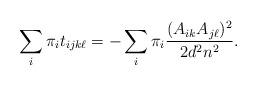
LaTeX: \begin{align*} \sum_i \pi_i t_{ijk\ell} = - \sum_i \pi_i \frac{(A_{ik} A_{j\ell})^2}{2 d^2 n^2}.\end{align*}